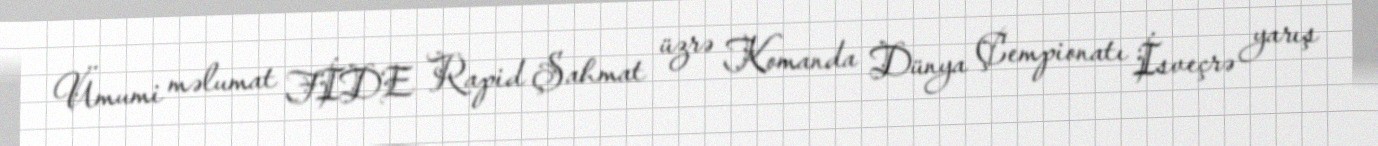
Ümumi məlumat FİDE Rapid Şahmat üzrə Komanda Dünya Çempionatı İsveçrə yarış